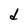
Character: d